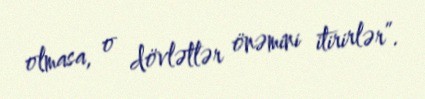
olmasa, o dövlətlər önəmini itirirlər”.